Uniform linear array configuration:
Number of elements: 64
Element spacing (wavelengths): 1
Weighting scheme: uniform
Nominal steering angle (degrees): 60
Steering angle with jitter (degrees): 61.147
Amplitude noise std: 0.05
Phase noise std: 0.05

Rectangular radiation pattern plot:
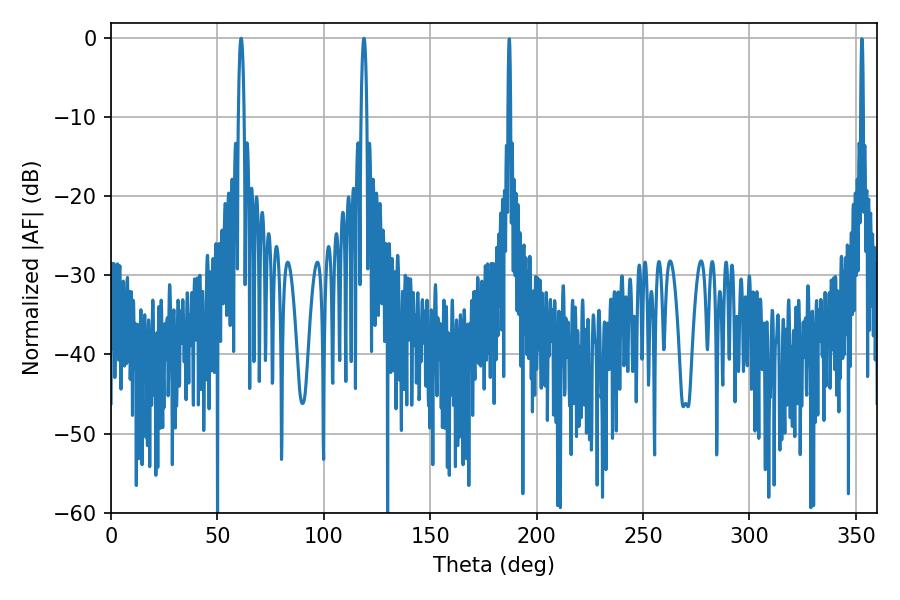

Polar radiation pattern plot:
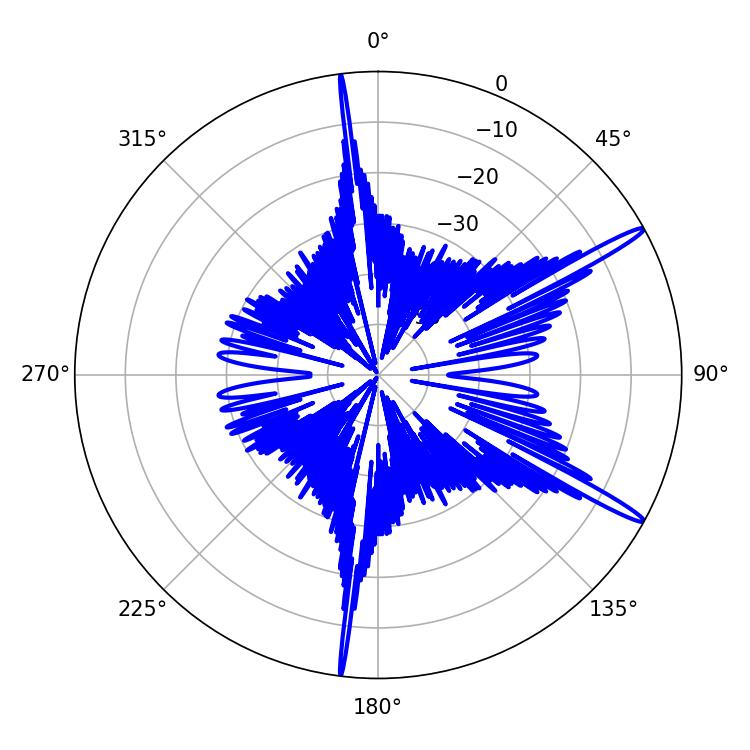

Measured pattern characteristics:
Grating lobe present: TRUE
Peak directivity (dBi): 15.823
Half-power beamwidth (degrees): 1.44
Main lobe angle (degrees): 118.8